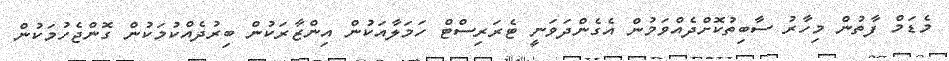
މެޑަމް ފާތުން މިހާރު ސާބިތުކޮށްދެއްވަމުން އެގެންދަވަނީ ޓެރަރިސްޓް ހަމަލާއަކުން އިންޒާރަކުން ބިރުދެއްކުމަކުން ގޮންޖެހުމަކުން